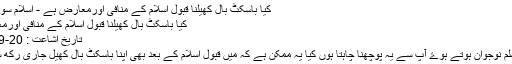
کیا باسکٹ بال کھیلنا قبول اسلام کے منافی اورمعارض ہے - اسلام سوال و جواب
کیا باسکٹ بال کھیلنا قبول اسلام کے منافی اورمعارض ہے
تاریخ اشاعت : 20-09-2003
میں غیرمسلم نوجوان ہوتے ہوۓ آپ سے یہ پوچھنا چاہتا ہوں کیا یہ ممکن ہے کہ میں قبول اسلام کے بعد بھی اپنا باسکٹ بال کھیل جاری رکھ سکتا ہوں ؟